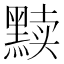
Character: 黩